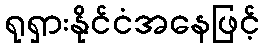
ရုရှားနိုင်ငံအနေဖြင့်